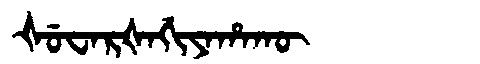
Manchu: ᡧᡠᠸᠠᡵᡧᠠᡤᡳᠶᠠᡥᠠᡴᡡ
Romanization: ŠUWARŠAGIYAHAKŪ